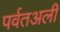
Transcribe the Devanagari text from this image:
पर्वतअली